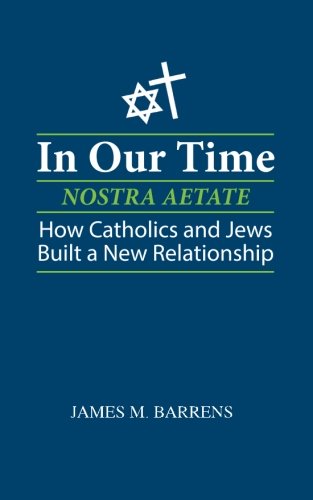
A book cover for In Our Time (Nostra Aetate): How Catholics and Jews Built a New Relationship; James M. Barrens; Christian Books & Bibles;